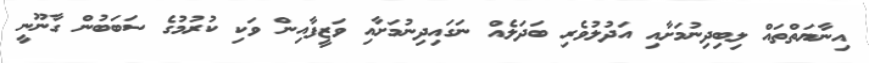
އިނާޔަތްތައް ލިބިދިނުމަށާއި އަދުލުވެރި ބަދަލެއް ނަގައިދިނުމަށާއި ވަޒީފާއިން ވަކި ކުރުމުގެ ސަބަބުން ގާނޫނީ